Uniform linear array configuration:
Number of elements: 16
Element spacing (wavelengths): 0.75
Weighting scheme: cosine
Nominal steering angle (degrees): -45
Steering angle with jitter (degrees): -46.06
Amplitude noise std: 0.05
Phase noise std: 0.05

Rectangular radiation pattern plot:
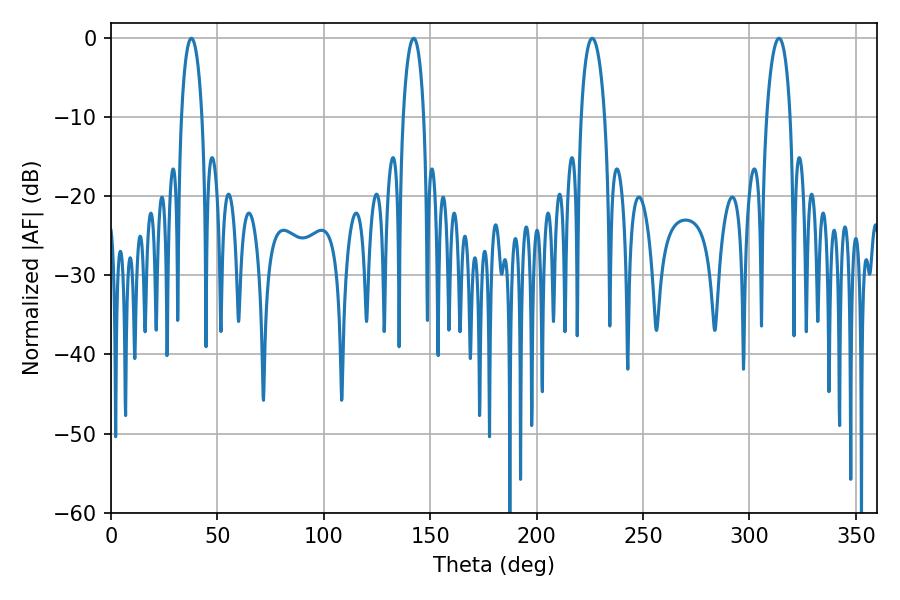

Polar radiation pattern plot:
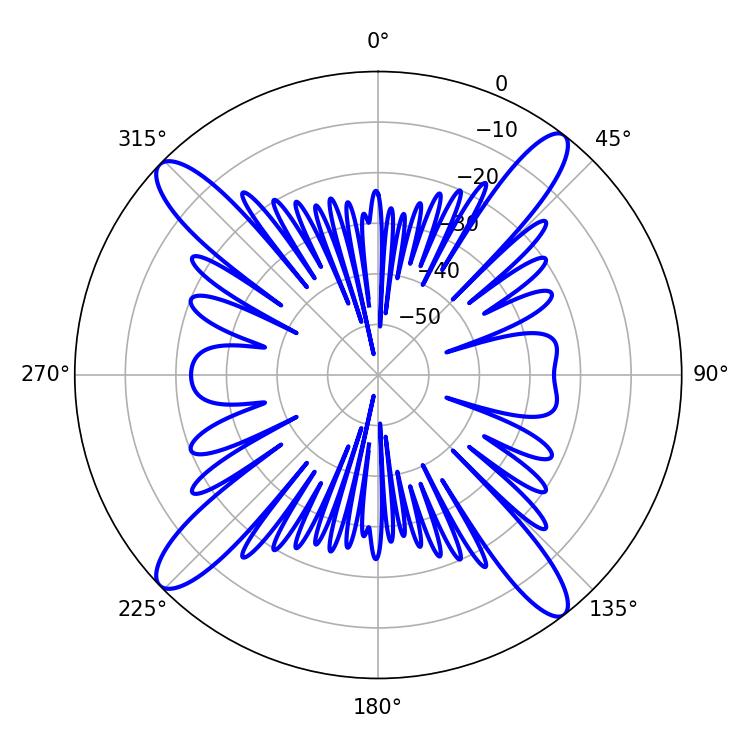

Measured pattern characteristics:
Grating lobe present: TRUE
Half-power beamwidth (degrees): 5.4
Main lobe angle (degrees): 142.2